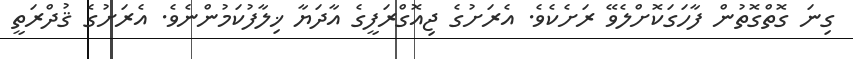
ގިނަ ގޮތްގޮތުން ފާހަގަކޮށްލެވޭ ރަށެކެވެ. އެރަށުގެ ޖިއޮގްރަފީގެ އާދަޔާ ޚިލާފުކަމުންނެވެ. އެރަށުގެ ޤުދްރަތީ